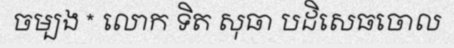
ចម្បង * លោក ទិត សុធា បដិសេធចោល